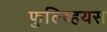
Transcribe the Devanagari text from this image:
फुल्व्हियस